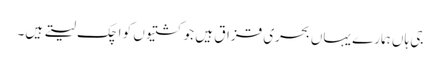
جی ہاں ہمارے یہاں بحری قزاق ہیں جو کشتیوں کو اچک لیتے ہیں۔